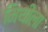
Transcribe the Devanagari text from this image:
मिथीला